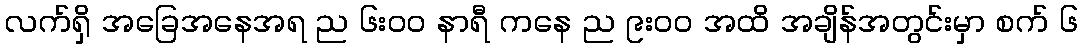
လက်ရှိ အခြေအနေအရ ည ၆း၀၀ နာရီ ကနေ ည ၉း၀၀ အထိ အချိန်အတွင်းမှာ စက် ၆